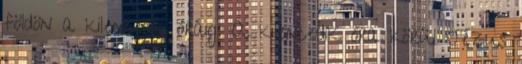
földön a kilencedik óráig. A kilencedik óra körül Jézus